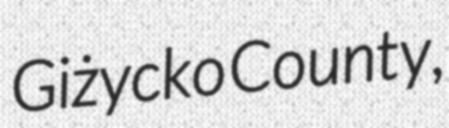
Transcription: Giżycko County,